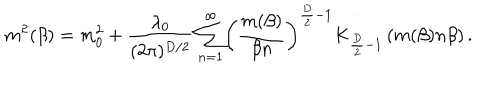
LaTeX: \ m ^ { 2 } ( \beta ) = m _ { 0 } ^ { 2 } + \frac { \lambda _ { 0 } } { ( 2 \pi ) ^ { D / 2 } } \sum _ { n = 1 } ^ { \infty } \biggl ( \frac { m ( \beta ) } { \beta n } \biggr ) ^ { \frac { D } { 2 } - 1 } K _ { \frac { D } { 2 } - 1 } \left( m ( \beta ) n \beta \right) .